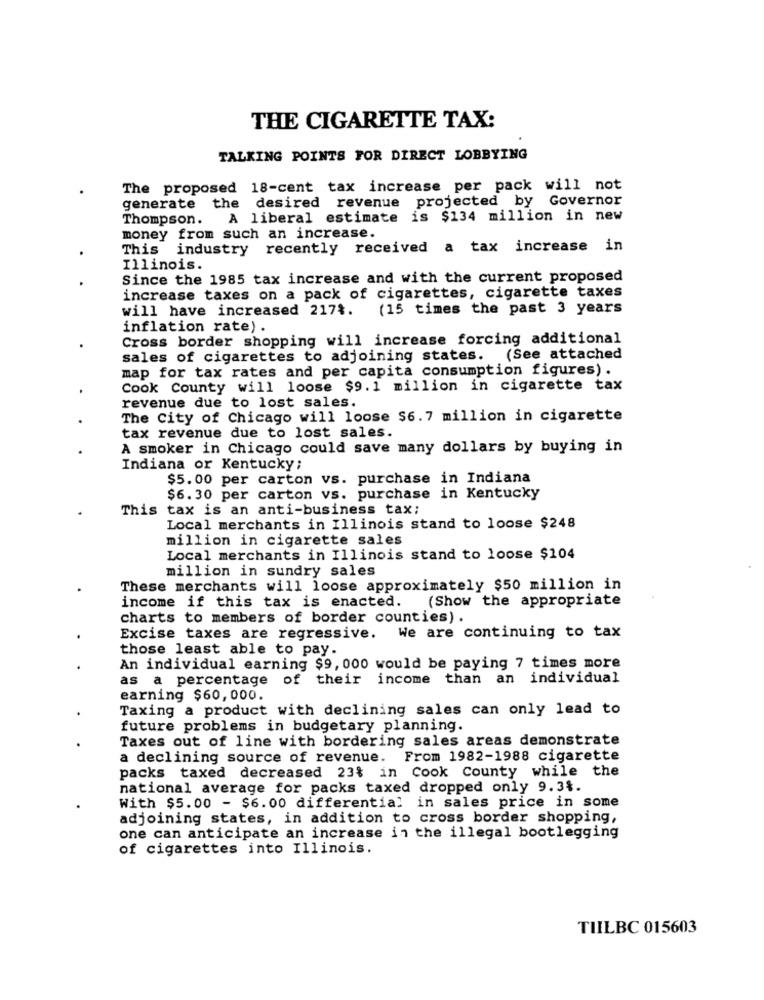
THE CIGARETTE TAX:
TALKING POINTS FOR DIRECT LOBBYING
The proposed 18-cent tax increase per pack will not
generate the desired revenue projected by Governor
Thompson.
A liberal estimate is $134 million in new
money from such an increase.
This industry recently received a tax increase in
Illinois.
Since the 1985 tax increase and with the current proposed
increase taxes on a pack of cigarettes, cigarette taxes
will have increased 217%.
(15 times the past 3 years
inflation rate) .
Cross border shopping will increase forcing additional
sales of cigarettes to adjoining states. (See attached
map for tax rates and per capita consumption figures).
Cook County will loose $9.1 million in cigarette tax
revenue due to lost sales.
The City of Chicago will loose $6.7 million in cigarette
tax revenue due to lost sales.
A smoker in Chicago could save many dollars by buying in
Indiana or Kentucky;
$5.00 per carton vs. purchase in Indiana
$6.30 per carton vs. purchase in Kentucky
This tax is an anti-business tax;
Local merchants in Illinois stand to loose $248
million in cigarette sales
Local merchants in Illinois stand to loose $104
million in sundry sales
These merchants will loose approximately $50 million in
income if this tax is enacted.
(Show the appropriate
charts to members of border counties) .
Excise taxes are regressive. We are continuing to tax
those least able to pay.
An individual earning $9, 000 would be paying 7 times more
as a percentage of their income than an individual
earning $60,000.
Taxing a product with declining sales can only lead to
future problems in budgetary planning.
Taxes out of line with bordering sales areas demonstrate
a declining source of revenue. From 1982-1988 cigarette
packs taxed decreased 23% in Cook County while the
national average for packs taxed dropped only 9.3%.
With $5.00 - $6.00 differential in sales price in some
adjoining states, in addition to cross border shopping,
one can anticipate an increase in the illegal bootlegging
of cigarettes into Illinois.
TIILBC 015603